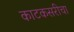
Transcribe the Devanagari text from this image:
काटकसरीचा